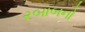
રબાબનો